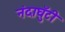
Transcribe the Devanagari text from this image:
नंदाघुँटी